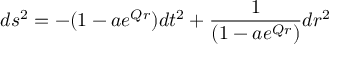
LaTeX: d s ^ { 2 } = - ( 1 - a e ^ { Q r } ) d t ^ { 2 } + \frac { 1 } { ( 1 - a e ^ { Q r } ) } d r ^ { 2 }